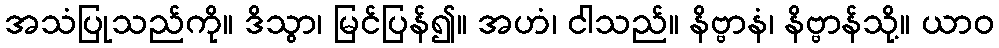
အသံပြုသည်ကို။ ဒိသွာ၊ မြင်ပြန်၍။ အဟံ၊ ငါသည်။ နိဗ္ဗာနံ၊ နိဗ္ဗာန်သို့။ ယာဝ